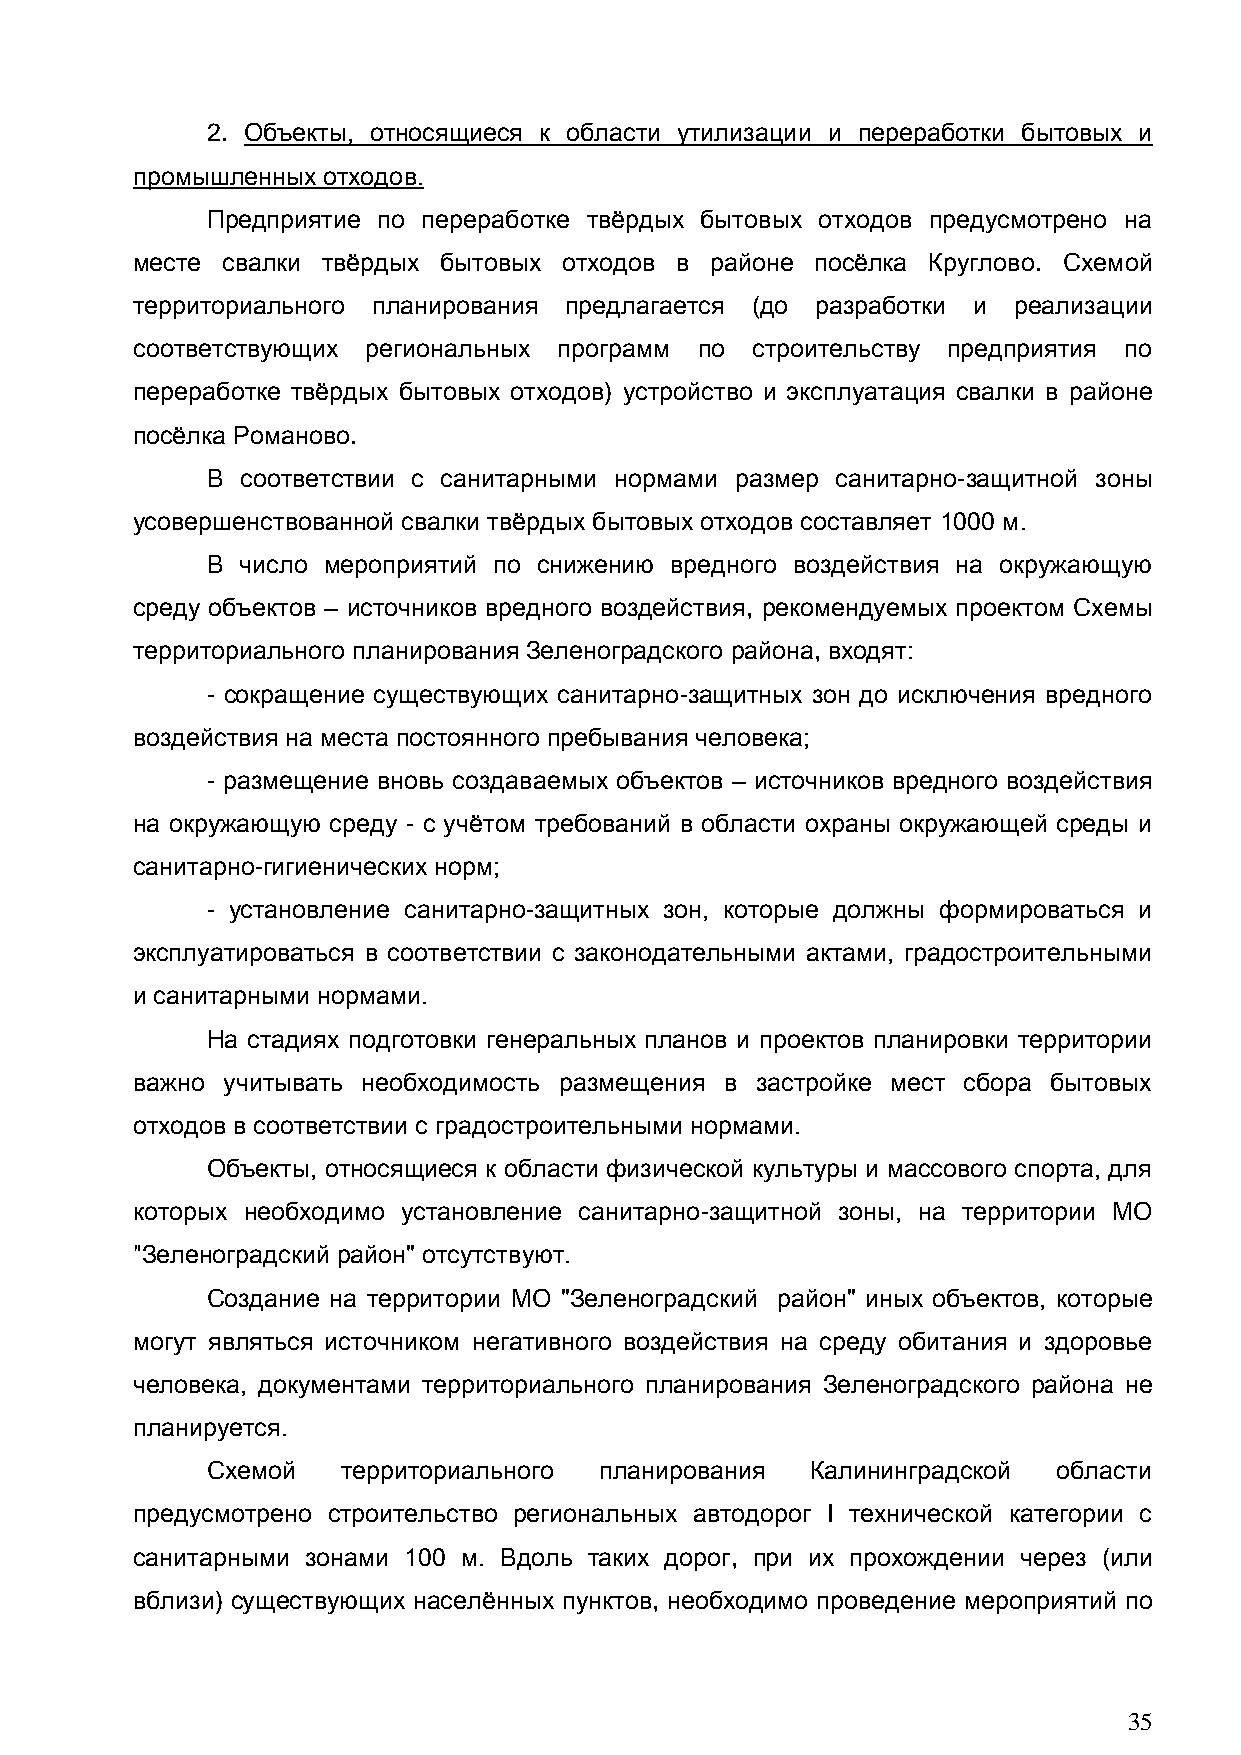
2. Объекты, относящиеся к области утилизации и переработки бытовых и
 промышленных отходов.
 Предприятие по переработке твѐрдых бытовых отходов предусмотрено на
 месте свалки твѐрдых бытовых отходов в районе посѐлка Круглово. Схемой
 территориального планирования предлагается (до разработки и реализации
 соответствующих региональных программ по строительству предприятия по
 переработке твѐрдых бытовых отходов) устройство и эксплуатация свалки в районе
 посѐлка Романово.
 В соответствии с санитарными нормами размер санитарно-защитной зоны
 усовершенствованной свалки твѐрдых бытовых отходов составляет 1000 м.
 В число мероприятий по снижению вредного воздействия на окружающую
 среду объектов – источников вредного воздействия, рекомендуемых проектом Схемы
 территориального планирования Зеленоградского района, входят:
 - сокращение существующих санитарно-защитных зон до исключения вредного
 воздействия на места постоянного пребывания человека;
 - размещение вновь создаваемых объектов – источников вредного воздействия
 на окружающую среду - с учѐтом требований в области охраны окружающей среды и
 санитарно-гигиенических норм;
 - установление санитарно-защитных зон, которые должны формироваться и
 эксплуатироваться в соответствии с законодательными актами, градостроительными
 и санитарными нормами.
 На стадиях подготовки генеральных планов и проектов планировки территории
 важно учитывать необходимость размещения в застройке мест сбора бытовых
 отходов в соответствии с градостроительными нормами.
 Объекты, относящиеся к области физической культуры и массового спорта, для
 которых необходимо установление санитарно-защитной зоны, на территории МО
 "Зеленоградский район" отсутствуют.
 Создание на территории МО "Зеленоградский район" иных объектов, которые
 могут являться источником негативного воздействия на среду обитания и здоровье
 человека, документами территориального планирования Зеленоградского района не
 планируется.
 Схемой   территориального планирования  Калининградской области
 предусмотрено строительство региональных автодорог I технической категории с
 санитарными зонами 100 м. Вдоль таких дорог, при их прохождении через (или
 вблизи) существующих населѐнных пунктов, необходимо проведение мероприятий по
 35